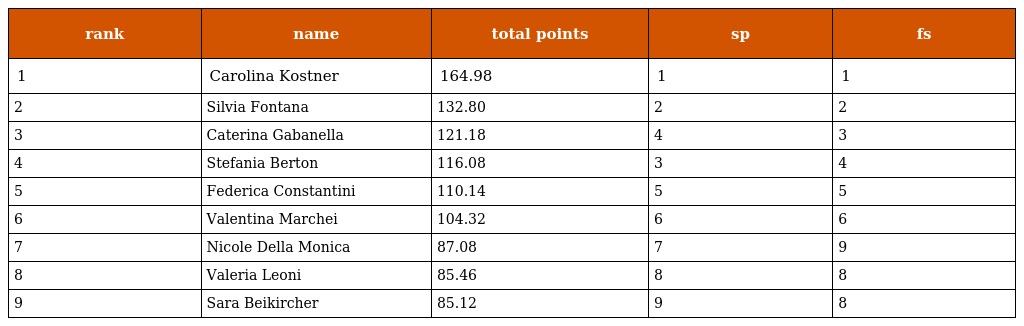
| rank | name | total points | sp | fs |
 | --- | --- | --- | --- | --- |
 | 1 | Carolina Kostner | 164.98 | 1 | 1 |
 | 2 | Silvia Fontana | 132.80 | 2 | 2 |
 | 3 | Caterina Gabanella | 121.18 | 4 | 3 |
 | 4 | Stefania Berton | 116.08 | 3 | 4 |
 | 5 | Federica Constantini | 110.14 | 5 | 5 |
 | 6 | Valentina Marchei | 104.32 | 6 | 6 |
 | 7 | Nicole Della Monica | 87.08 | 7 | 9 |
 | 8 | Valeria Leoni | 85.46 | 8 | 8 |
 | 9 | Sara Beikircher | 85.12 | 9 | 8 |